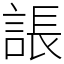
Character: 䛫